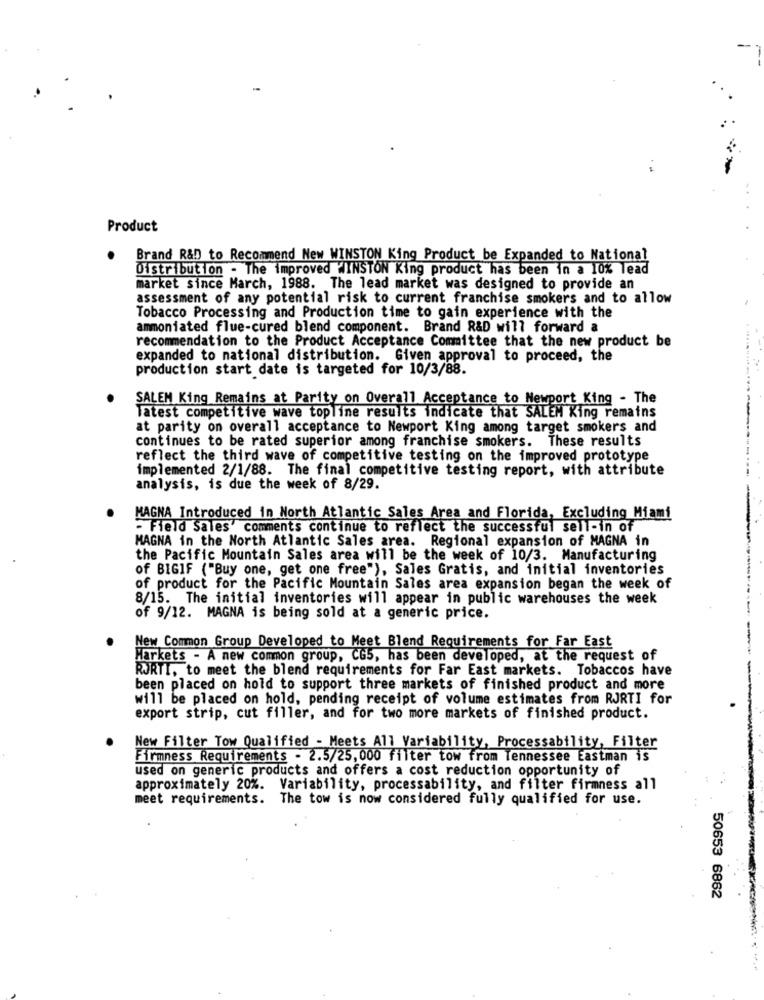
Product
Brand R&D to Recommend New WINSTON King Product be Expanded to National
Distribution - The improved WINSTON King product has been in a 10% Tead
market since March, 1988. The lead market was designed to provide an
assessment of any potential risk to current franchise smokers and to allow
Tobacco Processing and Production time to gain experience with the
ammoniated flue-cured blend component. Brand R&D will forward a
recommendation to the Product Acceptance Committee that the new product be
. ....
expanded to national distribution. Given approval to proceed, the
production start date is targeted for 10/3/88.
SALEM King Remains at Parity on Overall Acceptance to Newport King - The
Tatest competitive wave topline results indicate that SALEM King remains
at parity on overall acceptance to Newport King among target smokers and
continues to be rated superior among franchise smokers. These results
reflect the third wave of competitive testing on the improved prototype
implemented 2/1/88. The final competitive testing report, with attribute
analysis, is due the week of 8/29.
MAGNA Introduced in North Atlantic Sales Area and Florida, Excluding Miami
- Field Sales' comments continue to reflect the successful sell-in of
MAGNA in the North Atlantic Sales area. Regional expansion of MAGNA in
the Pacific Mountain Sales area will be the week of 10/3. Manufacturing
of BIGIF ("Buy one, get one free"), Sales Gratis, and initial inventories
of product for the Pacific Mountain Sales area expansion began the week of
8/15. The initial inventories will appear in public warehouses the week
of 9/12. MAGNA is being sold at a generic price.
New Common Group Developed to Meet Blend Requirements for Far East
Harkets - A new common group, CG5, has been developed, at the request of
RURTI, to meet the blend requirements for Far East markets. Tobaccos have
been placed on hold to support three markets of finished product and more
will be placed on hold, pending receipt of volume estimates from RJRTI for
export strip, cut filler, and for two more markets of finished product.
New Filter Tow Qualified - Meets All Variability, Processability, Filter
Firmness Requirements - 2.5/25, 000 filter tow from Tennessee Eastman is
used on generic products and offers a cost reduction opportunity of
approximately 20%. Variability, processability, and filter firmness all
meet requirements. The tow is now considered fully qualified for use.
50653 6862